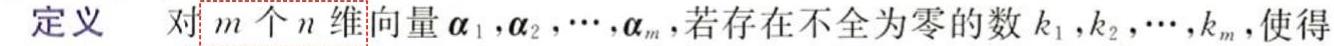
定义 对$m$个$n$维向量$\boldsymbol{\alpha}_{1},\boldsymbol{\alpha}_{2},\cdots,\boldsymbol{\alpha}_{m}$，若存在不全为零的数$k_{1},k_{2},\cdots,k_{m}$，使得